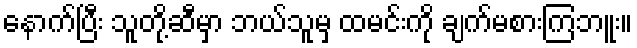
နောက်ပြီး သူတို့ဆီမှာ ဘယ်သူမှ ထမင်းကို ချက်မစားကြဘူး။